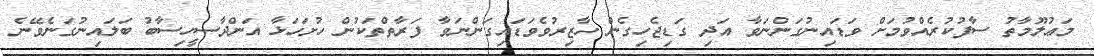
މަޢުލޫމާތު ސާފުކުރެއްވުމަށް ވަޑައިނުގަންނަވާ އަދި ގަޑިޖެހިގެން ހާޒިރުވެވަޑައިގަންނަވާ ފަރާތްތަކުން ހުށަހަޅާ އަންދާސީހިސާބު ބަލައިނުގަނެވޭނެ